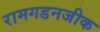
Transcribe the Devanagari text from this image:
रामगडनजीक